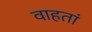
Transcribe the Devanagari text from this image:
वाहतां